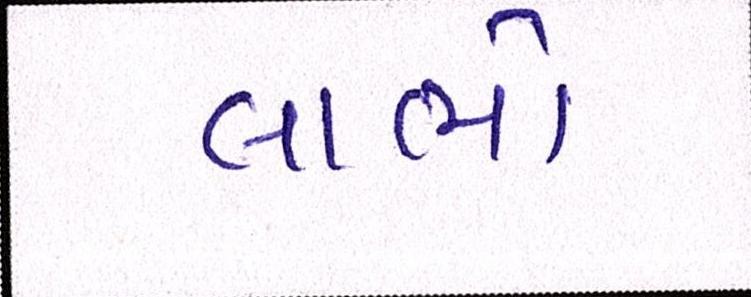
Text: લાભો